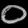
Digit: ၀